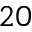
2 0